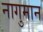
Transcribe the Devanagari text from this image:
नागुमान